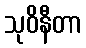
သုဝိနီတာ